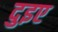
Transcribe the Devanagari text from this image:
दुइए